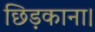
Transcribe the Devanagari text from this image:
छिड़काना।